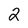
Character: 2